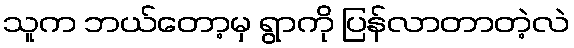
သူက ဘယ်တော့မှ ရွာကို ပြန်လာတာတဲ့လဲ